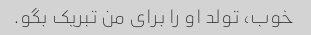
خوب، تولد او را برای من تبریک بگو.